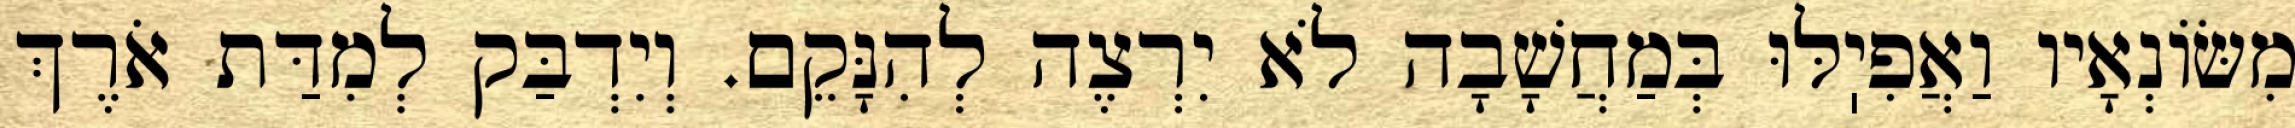
מִשּׂוֹנְאָיו וַאֲפִיֽלּוּ בְּמַחֲשָׁבָה לֹא יִרְצֶה לְהִנָּקֵם. וְיִדְבַּק לְמִדַּת אֹרֶךְ